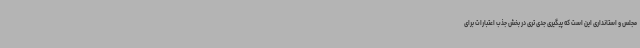
مجلس و استانداری این است که پیگیری جدی تری در بخش جذب اعتبارات برای